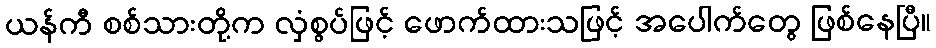
ယန်ကီ စစ်သားတို့က လှံစွပ်ဖြင့် ဖောက်ထားသဖြင့် အပေါက်တွေ ဖြစ်နေပြီ။